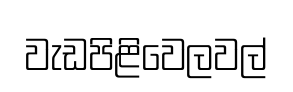
වැඩපිළිවෙලවල්